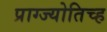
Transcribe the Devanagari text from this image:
प्राग्ज्योतिच्ह